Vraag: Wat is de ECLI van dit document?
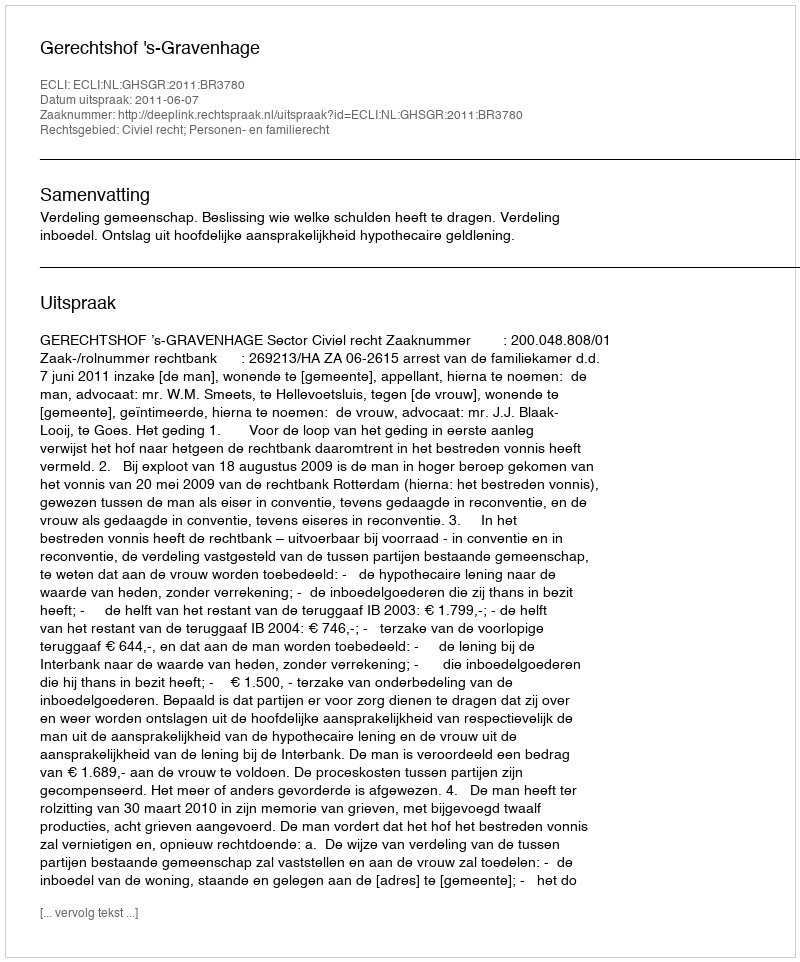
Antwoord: ECLI:NL:GHSGR:2011:BR3780